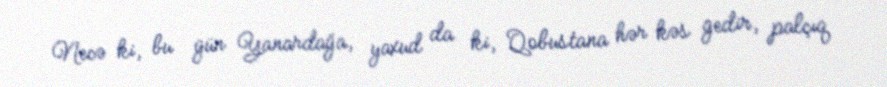
Necə ki, bu gün Yanardağa, yaxud da ki, Qobustana hər kəs gedir, palçıq